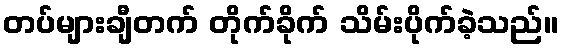
တပ်များချီတက် တိုက်ခိုက် သိမ်းပိုက်ခဲ့သည်။